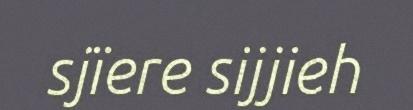
sjïere sijjieh